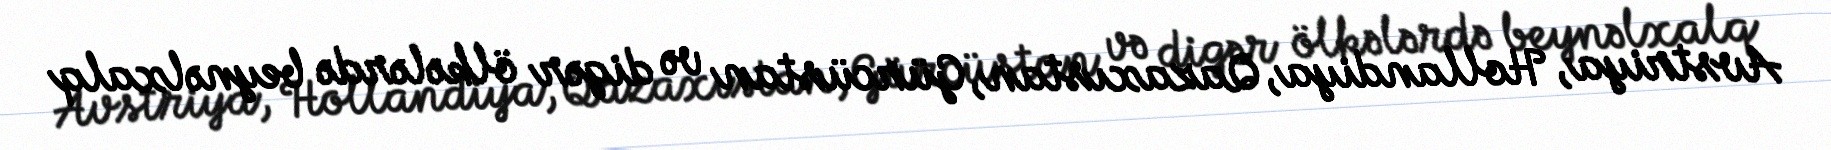
Avstriya, Hollandiya, Qazaxıstan, Gürcüstan və digər ölkələrdə beynəlxalq